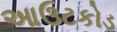
આઉટકોડ